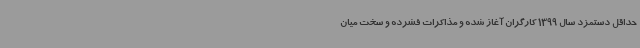
حداقل دستمزد سال 1399 کارگران آغاز شده و مذاکرات فشرده و سخت میان